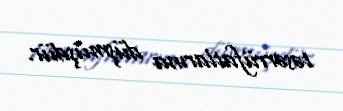
təsərrüfatlarına düşmüşdür.